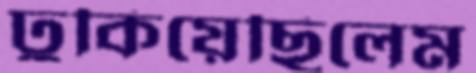
ঢুকিয়েছিলেম